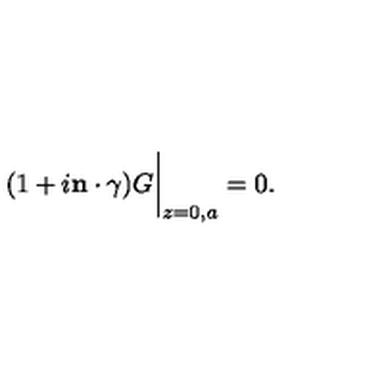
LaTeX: ( 1 + i { \bf n \cdot \mathrm { \boldmath \gamma } } ) G \bigg | _ { z = 0 , a } = 0 .